Report of the Indian Hemp Drugs Commission, 1894-1895 - Volume VIII
Year: 1894
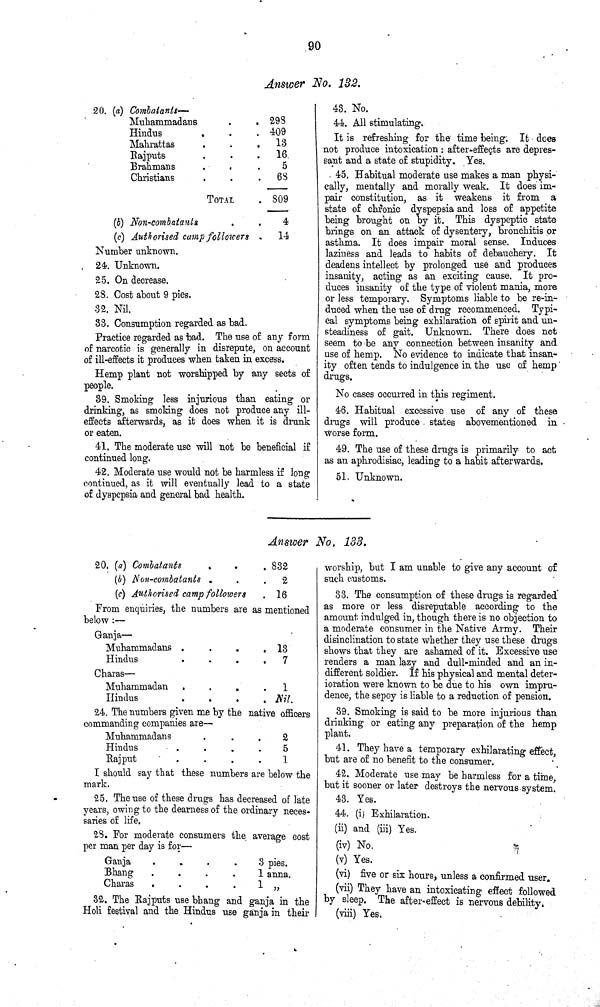
90
Answer No. 132.
20. (a) Combatants—
Muhammadans
298
Hindus
409
Mahrattas
13
Rajputs
16
Brahmans
5
Christians
68
TOTAL
809
(b) Non-combatants
4
(c) Authorised camp followers
14
Number unknown.
24. Unknown.
25. On decrease.
28. Cost about 9 pies.
32. Nil.
33. Consumption regarded as bad.
Practice regarded as bad. The use of any form
of narcotic is generally in disrepute, on account
of ill-effects it produces when taken in excess.
Hemp plant not worshipped by any sects of
people.
39. Smoking less injurious than eating or
drinking, as smoking does not produce any ill-
effects afterwards, as it does when it is drunk
or eaten.
41. The moderate use will not be beneficial if
continued long.
42. Moderate use would not be harmless if long
continued, as it will eventually lead to a state
of dyspepsia and general bad health.
43. No.
44. All stimulating.
It is refreshing for the time being. It does
not produce intoxication: after-effects are depres-
sant and a state of stupidity. Yes.
45. Habitual moderate use makes a man physi-
cally, mentally and morally weak. It does im-
pair constitution, as it weakens it from a
state of chronic dyspepsia and loss of appetite
being brought on by it. This dyspeptic state
brings on an attack of dysentery, bronchitis or
asthma. It does impair moral sense. Induces
laziness and leads to habits of debauchery. It
deadens intellect by prolonged use and produces
insanity, acting as an exciting cause. It pro-
duces insanity of the type of violent mania, more
or less temporary. Symptoms liable to be re-in-
duced when the use of drug recommenced. Typi-
cal symptoms being exhilaration of spirit and un-
steadiness of gait. Unknown. There does not
seem to be any connection between insanity and
use of hemp. No evidence to indicate that insan-
ity often tends to indulgence in the use of hemp
drugs.
No cases occurred in this regiment.
46. Habitual excessive use of any of these
drugs will produce states abovementioned in
worse form.
49. The use of these drugs is primarily to act
as an aphrodisiac, leading to a habit afterwards.
51. Unknown.
Answer
No.
133.
20. (a) Combatants
832
(b) Non-combatants
2
(c) Authorised camp followers
16
From enquiries, the numbers are as mentioned
below:—
Ganja—
Muhammadans
13
Hindus
7
Charas—
Muhammadan
1
Hindus
Nil.
24. The numbers given me by the native officers
commanding companies are—
Muhammadans
2
Hindus
5
Rajput
1
I should say that these numbers are below the
mark.
25. The use of these drugs has decreased of late
years, owing to the dearness of the ordinary neces-
saries of life.
28. For moderate consumers the average cost
per man per day is for—
Ganja
3 pies.
Bhang
1 anna.
Charas
1
32. The Rajputs use bhang and ganja in the
Holi festival and the Hindus use ganja in their
worship, but I am unable to give any account of
such customs.
33. The consumption of these drugs is regarded
as more or less disreputable according to the
amount indulged in, though there is no objection to
a moderate consumer in the Native Army. Their
disinclination to state whether they use these drugs
shows that they are ashamed of it. Excessive use
renders a man lazy and dull-minded and an in-
different soldier. If his physical and mental deter-
ioration were known to be due to his own impru-
dence, the sepoy is liable to a reduction of pension.
39. Smoking is said to be more injurious than
drinking or eating any preparation of the hemp
plant.
41. They have a temporary exhilarating effect,
but are of no benefit to the consumer.
42. Moderate use may be harmless for a time,
but it sooner or later destroys the nervous system.
43. Yes.
44. (i) Exhilaration.
(ii) and (iii) Yes.
(iv) No.
(v) Yes.
(vi) five or six hours, unless a confirmed user.
(vii) They have an intoxicating effect followed
by sleep. The after-effect is nervous debility.
(viii) Yes.